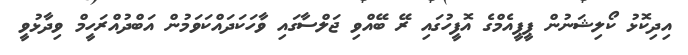
އިިދިކޮޅު ކޯލިޝަނުން ޕީޕީއެމްގެ އޮފީހުގައި ރޭ ބޭއްވި ޖަލްސާގައި ވާހަކަދައްކަވަމުން އަބްދުއްރަހީމް ވިދާޅުވީ